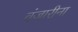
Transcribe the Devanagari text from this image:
वंजारीना